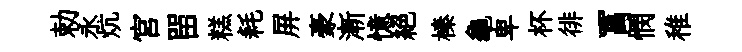
勅永炕宮㽞糕耗屏豪漸憶絶榛龜卑杯徘罥憫稚